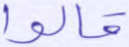
قالوا